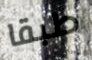
طبقا